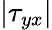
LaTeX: |\tau_{yx}|